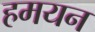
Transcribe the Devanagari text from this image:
हमयन